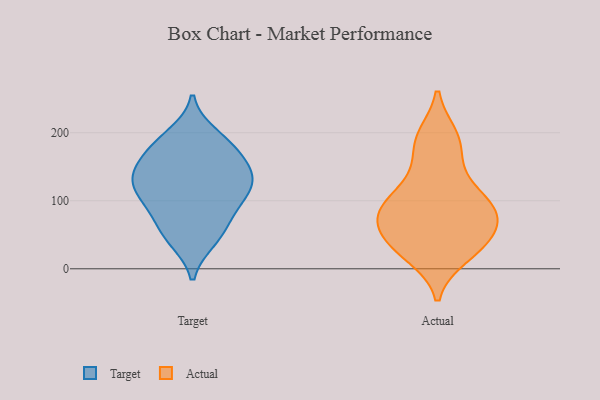
{"axis": {"x": "Headcount", "y": "Value"}, "legend": ["Actual", "Target"], "data": [{"x": "", "y": 59, "type": "Target"}, {"x": "", "y": 45, "type": "Target"}, {"x": "", "y": 132, "type": "Target"}, {"x": "", "y": 90, "type": "Target"}, {"x": "", "y": 105, "type": "Target"}, {"x": "", "y": 42, "type": "Target"}, {"x": "", "y": 169, "type": "Target"}, {"x": "", "y": 139, "type": "Target"}, {"x": "", "y": 139, "type": "Target"}, {"x": "", "y": 158, "type": "Target"}, {"x": "", "y": 197, "type": "Target"}, {"x": "", "y": 125, "type": "Target"}, {"x": "", "y": 187, "type": "Target"}, {"x": "", "y": 108, "type": "Target"}, {"x": "", "y": 81, "type": "Target"}, {"x": "", "y": 128, "type": "Target"}, {"x": "", "y": 179, "type": "Target"}, {"x": "", "y": 91, "type": "Actual"}, {"x": "", "y": 74, "type": "Actual"}, {"x": "", "y": 147, "type": "Actual"}, {"x": "", "y": 95, "type": "Actual"}, {"x": "", "y": 72, "type": "Actual"}, {"x": "", "y": 189, "type": "Actual"}, {"x": "", "y": 47, "type": "Actual"}, {"x": "", "y": 194, "type": "Actual"}, {"x": "", "y": 83, "type": "Actual"}, {"x": "", "y": 39, "type": "Actual"}, {"x": "", "y": 28, "type": "Actual"}, {"x": "", "y": 89, "type": "Actual"}, {"x": "", "y": 28, "type": "Actual"}, {"x": "", "y": 124, "type": "Actual"}, {"x": "", "y": 54, "type": "Actual"}, {"x": "", "y": 186, "type": "Actual"}, {"x": "", "y": 98, "type": "Actual"}, {"x": "", "y": 20, "type": "Actual"}]}